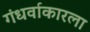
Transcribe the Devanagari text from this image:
गंधर्वाकारला